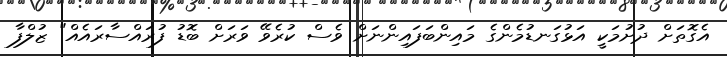
އެގޮތަށް ދުށުމަކީ އަޅުގަނޑުމެންގެ މައިންބަފައިންނަށް ވެސް ކުރެވޭ ވަރަށް ބޮޑު ފުރައްސާރައެއް" ޒުލްފާ